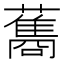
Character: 𮒣